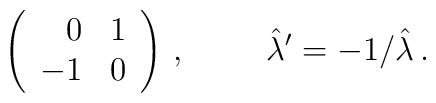
\left(\begin{array}{rr}0 & 1 \\-1 & 0 \\\end{array}\right)\, ,  \hspace{1cm}\hat{\lambda}^{\prime} = -1/\hat{\lambda}\, .